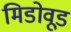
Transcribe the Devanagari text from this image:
मिडोवूड